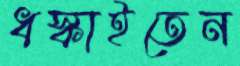
ধস্‌কাইতেন